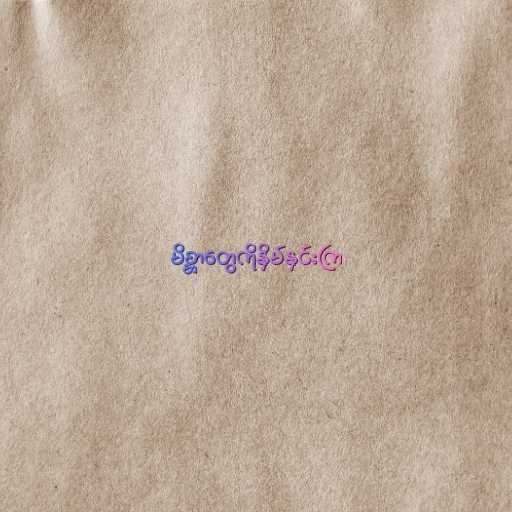
မိစ္ဆာတွေကိုနှိမ်နှင်းကြ